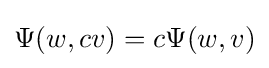
\Psi (w,cv)=c\Psi (w,v)